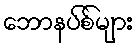
ဘောနပ်စ်များ